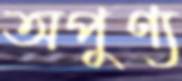
অপুণ্য